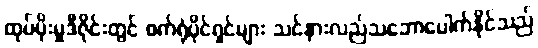
ထုပ်ပိုးမှုဒီဇိုင်းတွင် စက်ရုံပိုင်ရှင်များ သင်နားလည်သဘောပေါက်နိုင်သည်